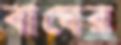
বাঘের